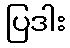
ပြဒါး